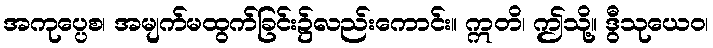
အကုပ္ပေစ၊ အမျက်မထွက်ခြင်း၌လည်းကောင်း။ ဣတိ၊ ဤသို့။ ဒွီသုယေဝ၊